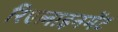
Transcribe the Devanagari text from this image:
रिएलाइनमेंट